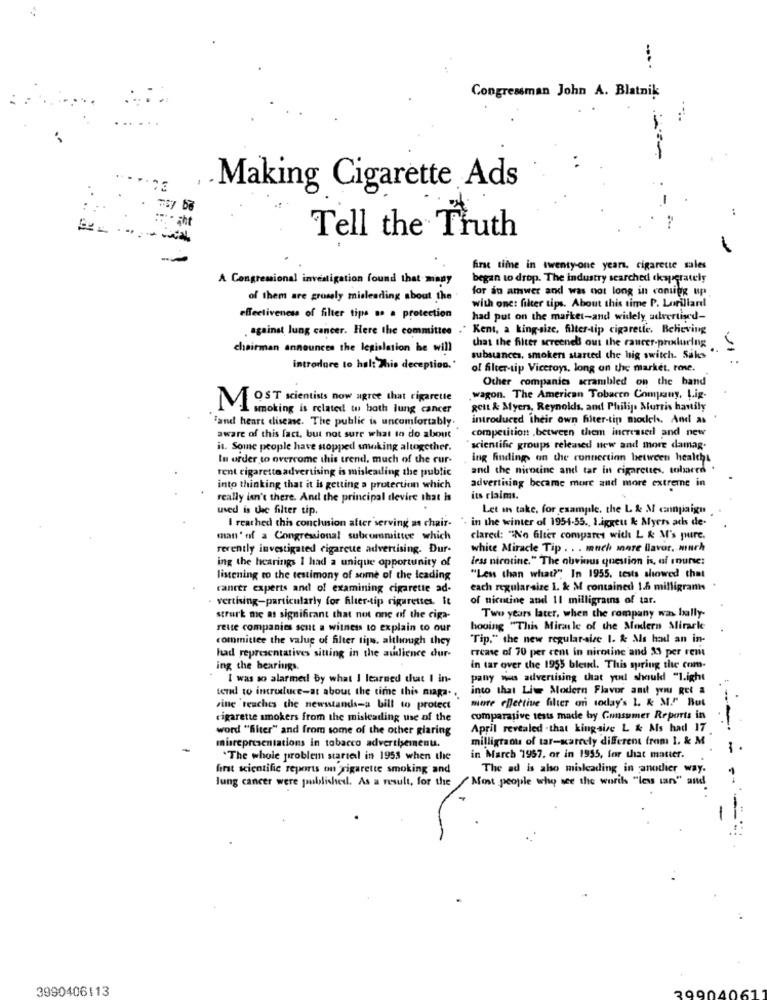
Congressman John A. Blatnik
-
**
Making Cigarette Ads
: :
· iht
--
Tell the Truth
first time in twenty-one years, cigarette sales
A Congressional investigation found that many
began to drop. The industry searched ckaperately
for an answer and was not long in conting up
of them are grossly misleading about the .
with one: filter tips. About this time P. Lorillard
effectiveness of filter tips as a protection
had put on the market-and widely advertised-
against lung cancer. Here the committee ." Kent, a king-size, filter-tip cigarette. Beleving
chairman announces the legislation he will
that the filter screened out the raurer-procuring
substances, smoker started the big switch. Saks
11 :
introdure to halt This deception.'
of filter-tip Viceroys, long on the market. rose.
Other companies scrambled on the band
wagon. The American Tobacco Company, Lig-
MOST scientists now agree that cigarette
I smoking is related tu both lung cancer
Rett & Myers, Reynolds, and Philip Morris hautily
Fand heart disease. The public is uncomfortably.
introduced their own filter-tip modch. And as
.
competition ,between them increasedl and new
aware of this fact, but not sure what to do about
it. Some people have stopped smoking altogether.
scientific groups released new and more damag-
In order to overcome this trend, much of the cur-
ing findings on the connection between healths
rent cigarette advertising is misleading the public
and the micocine and tar in cigarettes, shared .
into thinking that it is getting a protection which
advertising became more and more extreme in
really isn't there. And the principal devire that is
its claims.
used is thee filter tip.
Let in take, for example, the L & M ennpaign
in the winter of 1954-55 ., 1.iggeut & Myers ads de-
I reached this conchunion after serving as chair-
man' of a Congressional subcommittee which
clared: "No filter compares with L & M's pure.
rerently investigated cigarette advertising. Dur-
white Miracle Tip . . . much more llavor. much
ing the hearings I had a unique opportunity of
less nicotine." The obvious question is, af mnurse:
listening to the testimony of some of the leading
"Less than what?", In 1955, tests showed that
cancer experts and of examining cigarette ad-
each regularsize 1. & M contained 1.5 milligramis
· vertising-particularly for Alter-tip rigurettes. It
of nicotine and 11 milligrains of tar.
strurk me as significant that not one of the ciga-
Two years later, when the company was bally-
rette companies sent a witness to explain to our
hooing "This Miracle of the Modern Mirarle
committee the value of filter tips, although they
Tip." the new regular-size I. & Als had an in-
rrcase of 70 per cent in nicotine and 33 per ren
had representatives sitting in the audience dur-
ing the bearings.
in tar over the 1955 blend. This spring the com-
I was so alarmed! by what I learned that I in-
pany wos advertising that you should "1.ight
inco that Lie Modern Flavor and you Ret a
tend to introduce-at about the time this miaga. ..
more effective filter on today's 1. & M."" But
Fine reaches the newsstands=a bill to protect
cigarette smokers from the misleading use of the
comparative tests made by Consumer Reports in
word "filter" and from some of the other glaring
April revealed - that kingsise L & Als had 17
milligtaou of tar-scarcely different from 1. & M
misrepresentations in tobacco advertheinenu.
-
"The whole problem started in 1953 when the
in March 1957, or in 1955, for that matter.
first scientific reports on cigarette smoking and
The ad is also misleading in another way.
lung cancer were published. As a result, for the
"Most people who see the worth ""less ian" and
-
3990406113
29904